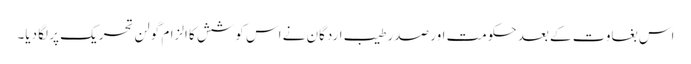
اس بغاوت کے بعد حکومت اور صدر طیب اردگان نے اس کوشش کا الزام گولن تحریک پر لگا دیا۔